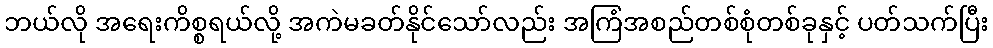
ဘယ်လို အရေးကိစ္စရယ်လို့ အကဲမခတ်နိုင်သော်လည်း အကြံအစည်တစ်စုံတစ်ခုနှင့် ပတ်သက်ပြီး